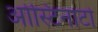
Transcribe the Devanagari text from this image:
ओस्टिनाटो